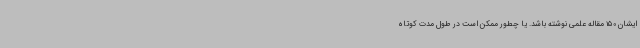
ایشان 150 مقاله علمی نوشته باشد. یا چطور ممکن است در طول مدت کوتاه